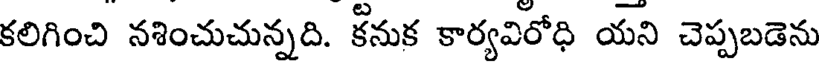
కలిగించి నశించుచున్నది. కనుక కార్యవిరోధి యని చెప్పబడెను